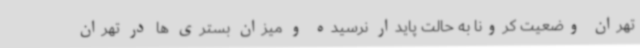
تهران وضعیت کرونا به حالت پایدار نرسیده و میزان بستری ها در تهران